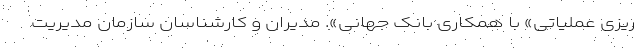
ریزی عملیاتی» با همکاری بانک جهانی». مدیران و کارشناسان سازمان مدیریت